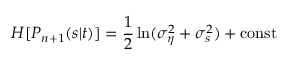
H [ P _ { n + 1 } ( s | t ) ] = \frac { 1 } { 2 } \ln ( \sigma _ { \eta } ^ { 2 } + \sigma _ { s } ^ { 2 } ) + \mathrm { c o n s t }